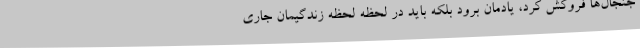
جنجال‌ها فروکش کرد، یادمان برود بلکه باید در لحظه لحظه زندگیمان جاری